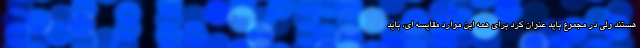
هستند ولی در مجموع باید عنوان کرد برای همه این موارد مقایسه ای، باید